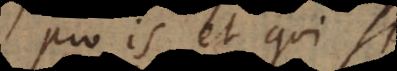
pro is, et qui simul,